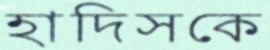
হাদিসকে